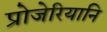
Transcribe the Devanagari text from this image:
प्रोजेरियानि